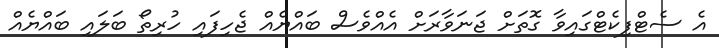
އެ ސެޓްފިކެޓްގައިވާ ގޮތަށް ޖަނަވާރަށް އެއްވެސް ބައްޔެއް ޖެހިފައި ހުރިތޯ ބަލައި ބައްޔެއް